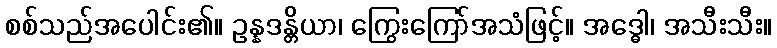
စစ်သည်အပေါင်း၏။ ဥန္နဒန္တိယာ၊ ကြွေးကြော်အသံဖြင့်။ အဒ္ဓေါ၊ အသီးသီး။